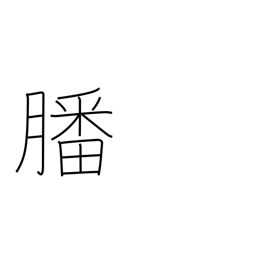
Meaning: offerings to gods